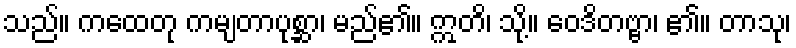
သည်။ ကထေတု ကမျတာပုစ္ဆာ၊ မည်၏။ ဣတိ၊ သို့။ ဝေဒိတဗ္ဗာ၊ ၏။ တာသု၊